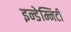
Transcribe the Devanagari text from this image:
इन्डेम्निटी